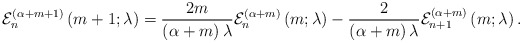
\begin{align*}\mathcal{E}_{n}^{\left( \alpha+m+1\right) }\left( m+1;\lambda\right)=\frac{2m}{\left( \alpha+m\right) \lambda}\mathcal{E}_{n}^{\left(\alpha+m\right) }\left( m;\lambda\right) -\frac{2}{\left( \alpha+m\right)\lambda}\mathcal{E}_{n+1}^{\left( \alpha+m\right) }\left( m;\lambda\right). \end{align*}